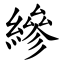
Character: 縿